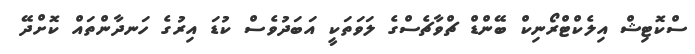
ސްކޮޓިޝް އިލެކްޓްރޯނިކް ބޭންޑް ޗްވާޗެސްގެ ލަވަތަކީ އަބަދުވެސް ކުޑަ އިރުގެ ހަނދާންތައް ކޮށްދޭ